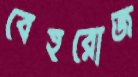
বেহরোজ